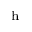
_ \mathrm { h }